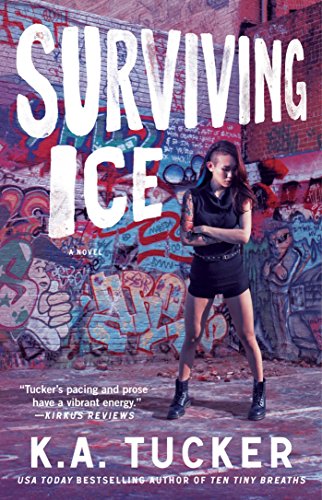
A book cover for Surviving Ice: A Novel (The Burying Water Series); K.A. Tucker; Romance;